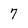
Character: 7